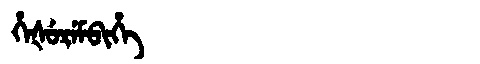
Manchu: ᡥᡝᡧᡠᡵᡝᠮᠪᡳᡥᡝ
Romanization: HEŠUREMBIHE